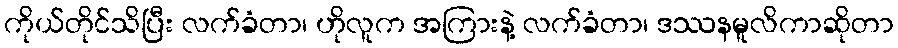
ကိုယ်တိုင်သိပြီး လက်ခံတာ၊ ဟိုလူက အကြားနဲ့ လက်ခံတာ၊ ဒဿနမူလိကာဆိုတာ